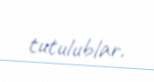
tutulublar.